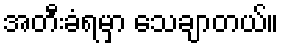
အတီးခံရမှာ သေချာတယ်။